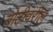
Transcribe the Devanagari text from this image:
बोटीवरील